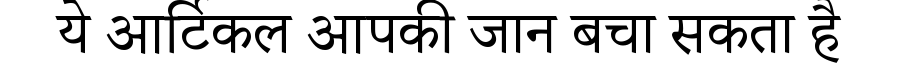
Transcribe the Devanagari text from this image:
ये आर्टिकल आपकी जान बचा सकता है